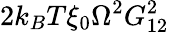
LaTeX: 2k_{B}T\xi_{0}\Omega^{2}G_{12}^{2}